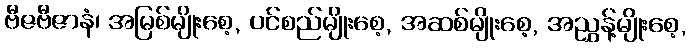
ဗီဇဗီဇာနံ၊ အမြစ်မျိုးစေ့, ပင်စည်မျိုးစေ့, အဆစ်မျိုးစေ့, အညွှန့်မျိုးစေ့,